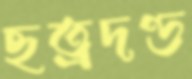
ছত্রদণ্ড